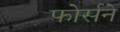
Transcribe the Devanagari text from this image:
फोर्सने